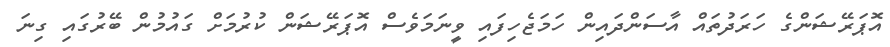
އޮޕަރޭޝަންގެ ހަރަދުތައް އާސަންދައިން ހަމަޖެހިފައި ވީނަމަވެސް އޮޕަރޭޝަން ކުރުމަށް ގައުމުން ބޭރުގައި ގިނަ